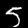
Label: 5